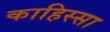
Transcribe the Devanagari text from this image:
काहिस्सा